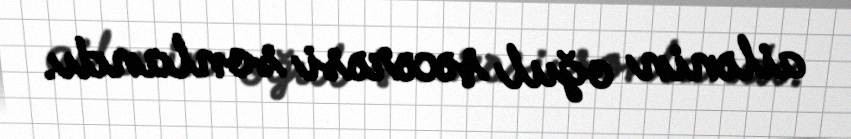
ailənin oğul şəcərəsi sonlandı.